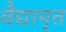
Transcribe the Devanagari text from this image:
वैद्यामृत